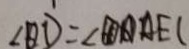
\angle B D = \angle A E C